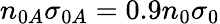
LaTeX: n_{0A}\sigma_{0A}=0.9n_{0}\sigma_{0}